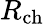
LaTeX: R_{\mathrm{ch}}